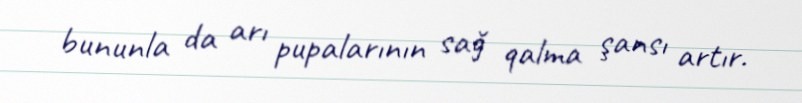
bununla da arı pupalarının sağ qalma şansı artır.